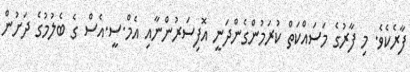
ފާރެކެވެ. މި ފާރުގެ މަސައްކަތް ކުރަމުންގެންދަނީ އޮފިސަރުންނާއި އެމް.ސީ.އެސް ގެ ބެލުމުގެ ދަށުން